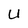
Character: U